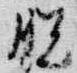
脱